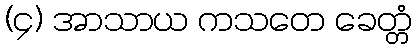
(၄) အာသာယ ကသတေ ခေတ္တံ